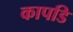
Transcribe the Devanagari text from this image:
कापडि